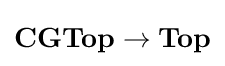
\mathbf {CGTop} \to \mathbf {Top}